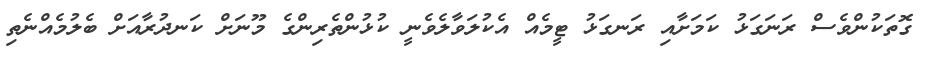
ގޮތަކުންވެސް ރަނަގަޅު ކަމަށާއި ރަނގަޅު ޓީމެއް އެކުލަވާލެވެނީ ކުޅުންތެރިންގެ މޫނަށް ކަނދުރާއަށް ބެލުމެއްނެތި